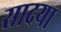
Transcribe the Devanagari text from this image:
सादया